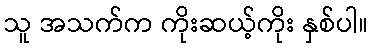
သူ အသက်က ကိုးဆယ့်ကိုး နှစ်ပါ။